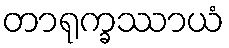
တာရုက္ခဿာယံ